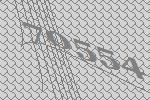
70554